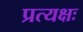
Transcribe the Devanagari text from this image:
प्रत्यक्षः